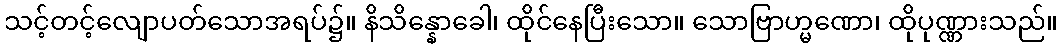
သင့်တင့်လျောပတ်သောအရပ်၌။ နိသိန္နောခေါ၊ ထိုင်နေပြီးသော။ သောဗြာဟ္မဏော၊ ထိုပုဏ္ဏားသည်။